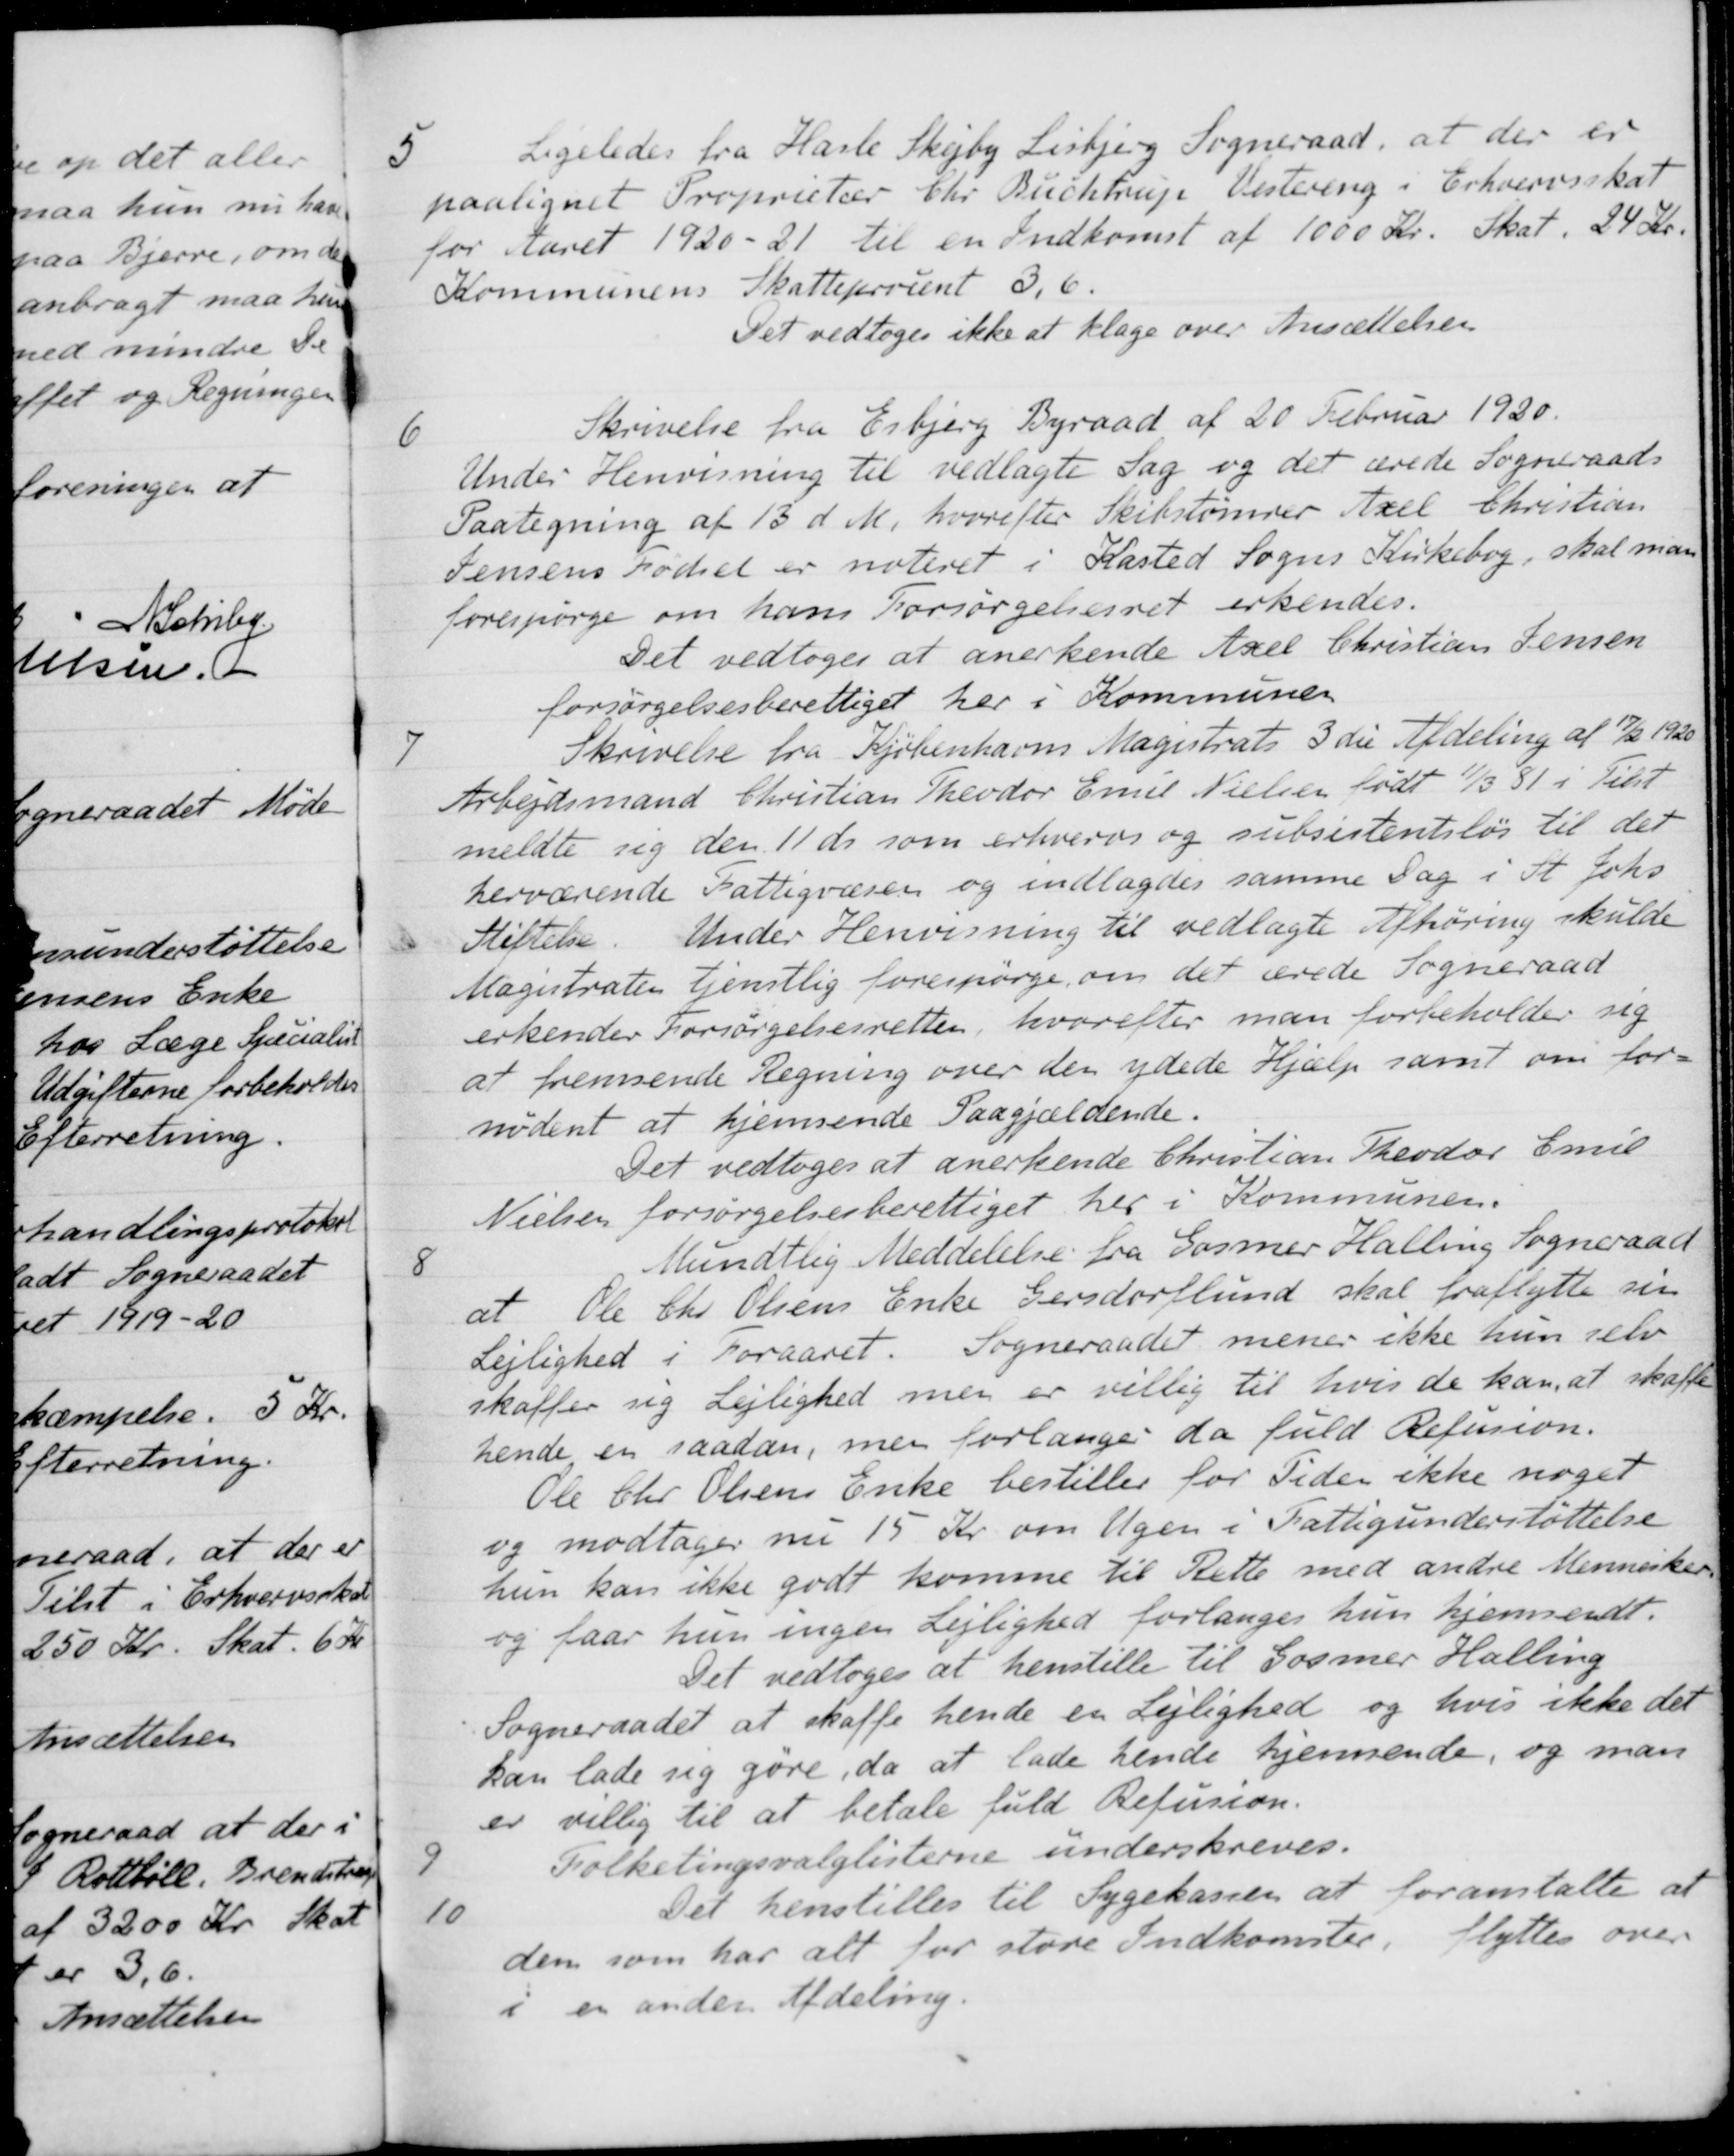
Transskription:
5
Ligeledes fra Hasle Skejby Lisbjerg Sogneraad, at der er
paalignet Proprietær Chr Buchtrup Vestereng i Erhvervsskat
for Aaret 1920-21 til en Indkomst af 1000 Kr. Skat. 24 Kr.
Kommunens Skatteprocent 3,6
Det vedtoges ikke at klage over Ansættelsen
6
Skrivelse fra Esbjerg Byraad af 20 Februar 1920.
Under Henvisning til vedlagte Sag og det ærede Sogneraads
Paategning af 13 d. M. hvorefter Skibstømrer Axel Christian
Jensens Fødsel er noteret i Kasted Sogns Kirkebog, skal man
forespørge om hans Forsørgelsesret erkendes.
Det vedtoges at anerkende Axel Christian Jensen
forsørgelsesberettiget her i Kommunen
7
Skrivelse fra Kjøbenhavns Magistrats 3 die Afdeling af 17/2 1920
Arbejdsmand Christian Theodor Emil Nielsen født 11/3 81 i Tilst
meldte sig den 11 ds som erhvervs og subsistentsløs til det
herværende Fattigvæsen og indlagdes samme Dag i St. Johs
Stiftelse. Under Henvisning til vedlagte Afhøring skulde

Magistraten tjenstlig forespørge om det ærede Sogneraad
erkender Forsørgelsesretten, hvorefter man forbeholder sig
at fremsende Regning over den ydede Hjælp samt om for-
nødent at hjemsende Paagjældende.
Det vedtoges at anerkende Christian Theodor Emil
Nielsen forsørgelsesberettiget her i Kommunen.
8
Mundtlig Meddelelse fra Gosmer Halling Sogneraad
at Ole Chr Olsens Enke Gersdorflund skal fraflytte sin
Lejlighed i Foraaret. Sogneraadet mener ikke hun selv
skaffer sig Lejlighed men er villig til hvis de kan at skaffe
hende en saadan, men forlange da fuld Refusion.
Ole Chr Olsens Enke bestiller for Tiden ikke noget
og modtager nu 15 Kr om Ugen i Fattigunderstøttelse
hun kan ikke godt komme til Rette med andre Mennesker
og faar hun ingen Lejlighed forlanges hun hjemsendt.
Det vedtoges at henstille til Gosmer Halling
Sogneraadet at skaffe hende en Lejlighed og hvis ikke det
kan lade sig gøre, da at lade hende hjemsende, og man
er villig til at betale fuld Refusion.
9
Folketingsvalglisterne underskreves.
10
Det henstilles til Sygekassen at foranstalte at
dem som har alt for store Indkomster. flyttes over
i en anden Afdeling.